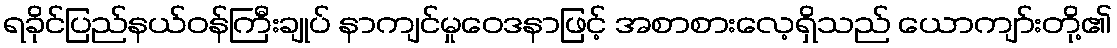
ရခိုင်ပြည်နယ်ဝန်ကြီးချုပ် နာကျင်မှုဝေဒနာဖြင့် အစာစားလေ့ရှိသည် ယောကျာ်းတို့၏